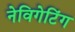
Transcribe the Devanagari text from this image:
नेविगेटिंग